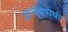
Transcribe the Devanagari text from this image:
ज्ञानोदयाची